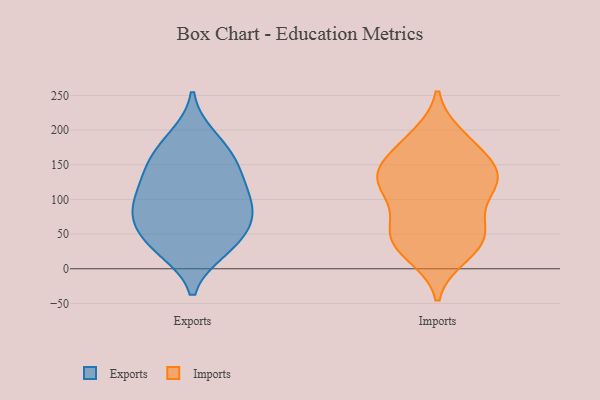
{"axis": {"x": "Website Visitors", "y": "Value"}, "legend": ["Exports", "Imports"], "data": [{"x": "", "y": 156, "type": "Exports"}, {"x": "", "y": 189, "type": "Exports"}, {"x": "", "y": 58, "type": "Exports"}, {"x": "", "y": 86, "type": "Exports"}, {"x": "", "y": 28, "type": "Exports"}, {"x": "", "y": 142, "type": "Exports"}, {"x": "", "y": 174, "type": "Exports"}, {"x": "", "y": 122, "type": "Exports"}, {"x": "", "y": 83, "type": "Exports"}, {"x": "", "y": 40, "type": "Exports"}, {"x": "", "y": 80, "type": "Exports"}, {"x": "", "y": 31, "type": "Exports"}, {"x": "", "y": 126, "type": "Exports"}, {"x": "", "y": 89, "type": "Exports"}, {"x": "", "y": 132, "type": "Imports"}, {"x": "", "y": 190, "type": "Imports"}, {"x": "", "y": 116, "type": "Imports"}, {"x": "", "y": 139, "type": "Imports"}, {"x": "", "y": 103, "type": "Imports"}, {"x": "", "y": 138, "type": "Imports"}, {"x": "", "y": 50, "type": "Imports"}, {"x": "", "y": 28, "type": "Imports"}, {"x": "", "y": 20, "type": "Imports"}, {"x": "", "y": 129, "type": "Imports"}, {"x": "", "y": 148, "type": "Imports"}, {"x": "", "y": 123, "type": "Imports"}, {"x": "", "y": 58, "type": "Imports"}, {"x": "", "y": 47, "type": "Imports"}, {"x": "", "y": 36, "type": "Imports"}, {"x": "", "y": 71, "type": "Imports"}, {"x": "", "y": 178, "type": "Imports"}, {"x": "", "y": 181, "type": "Imports"}]}